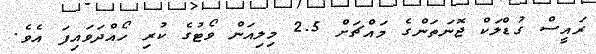
ރައީސް ގުޑްލަކް ޖޮނަތަންގެ މައްޗަށް 2.5 މިލިއަން ވޯޓުގެ ކުރި ހޯއްދަވައިފަ އެވެ.